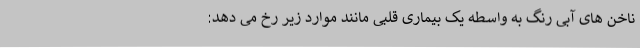
ناخن های آبی رنگ به واسطه یک بیماری قلبی مانند موارد زیر رخ می دهد: